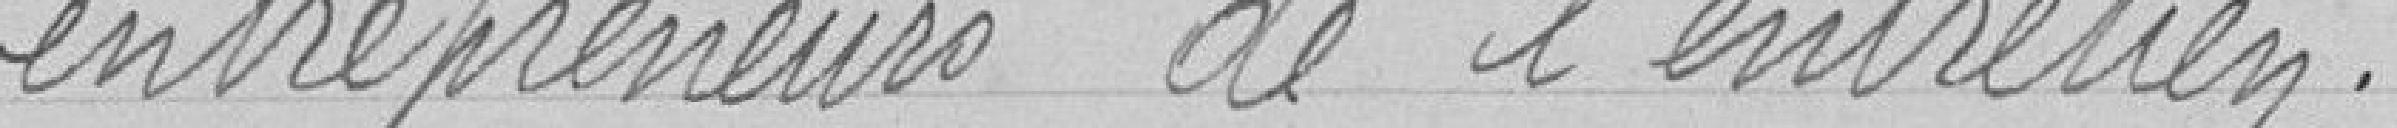
entrepreneurs de l'entretien.